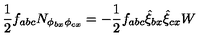
\frac { 1 } { 2 } f _ { a b c } N _ { \phi _ { b x } \phi _ { c x } } = - \frac { 1 } { 2 } f _ { a b c } \hat { \xi } _ { b x } \hat { \xi } _ { c x } W